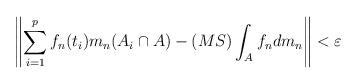
LaTeX: \begin{align*} \left\| \sum_{i=1}^p f_n(t_i) m_n(A_i \cap A) - (MS)\int_{A}f_n dm_n \right\|<\varepsilon\end{align*}